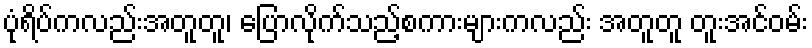
ပုံရိပ်ကလည်းအတူတူ၊ ပြောလိုက်သည့်စကားများကလည်း အတူတူ တူးအင်ဝမ်း